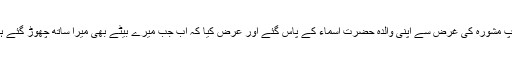
پس جب مقابلہ جاری رکھنے کی کوئی صورت باقی نہ رہی تو آپ مشورہ کی غرض سے اپنی والدہ حضرت اسماء کے پاس گئے اور عرض کیا کہ اب جب میرے بیٹے بھی میرا ساتھ چھوڑ گئے ہیں اور جو چند باقی رہ گئے، ان میں بھی لڑنے کی تاب نہیں ہے۔